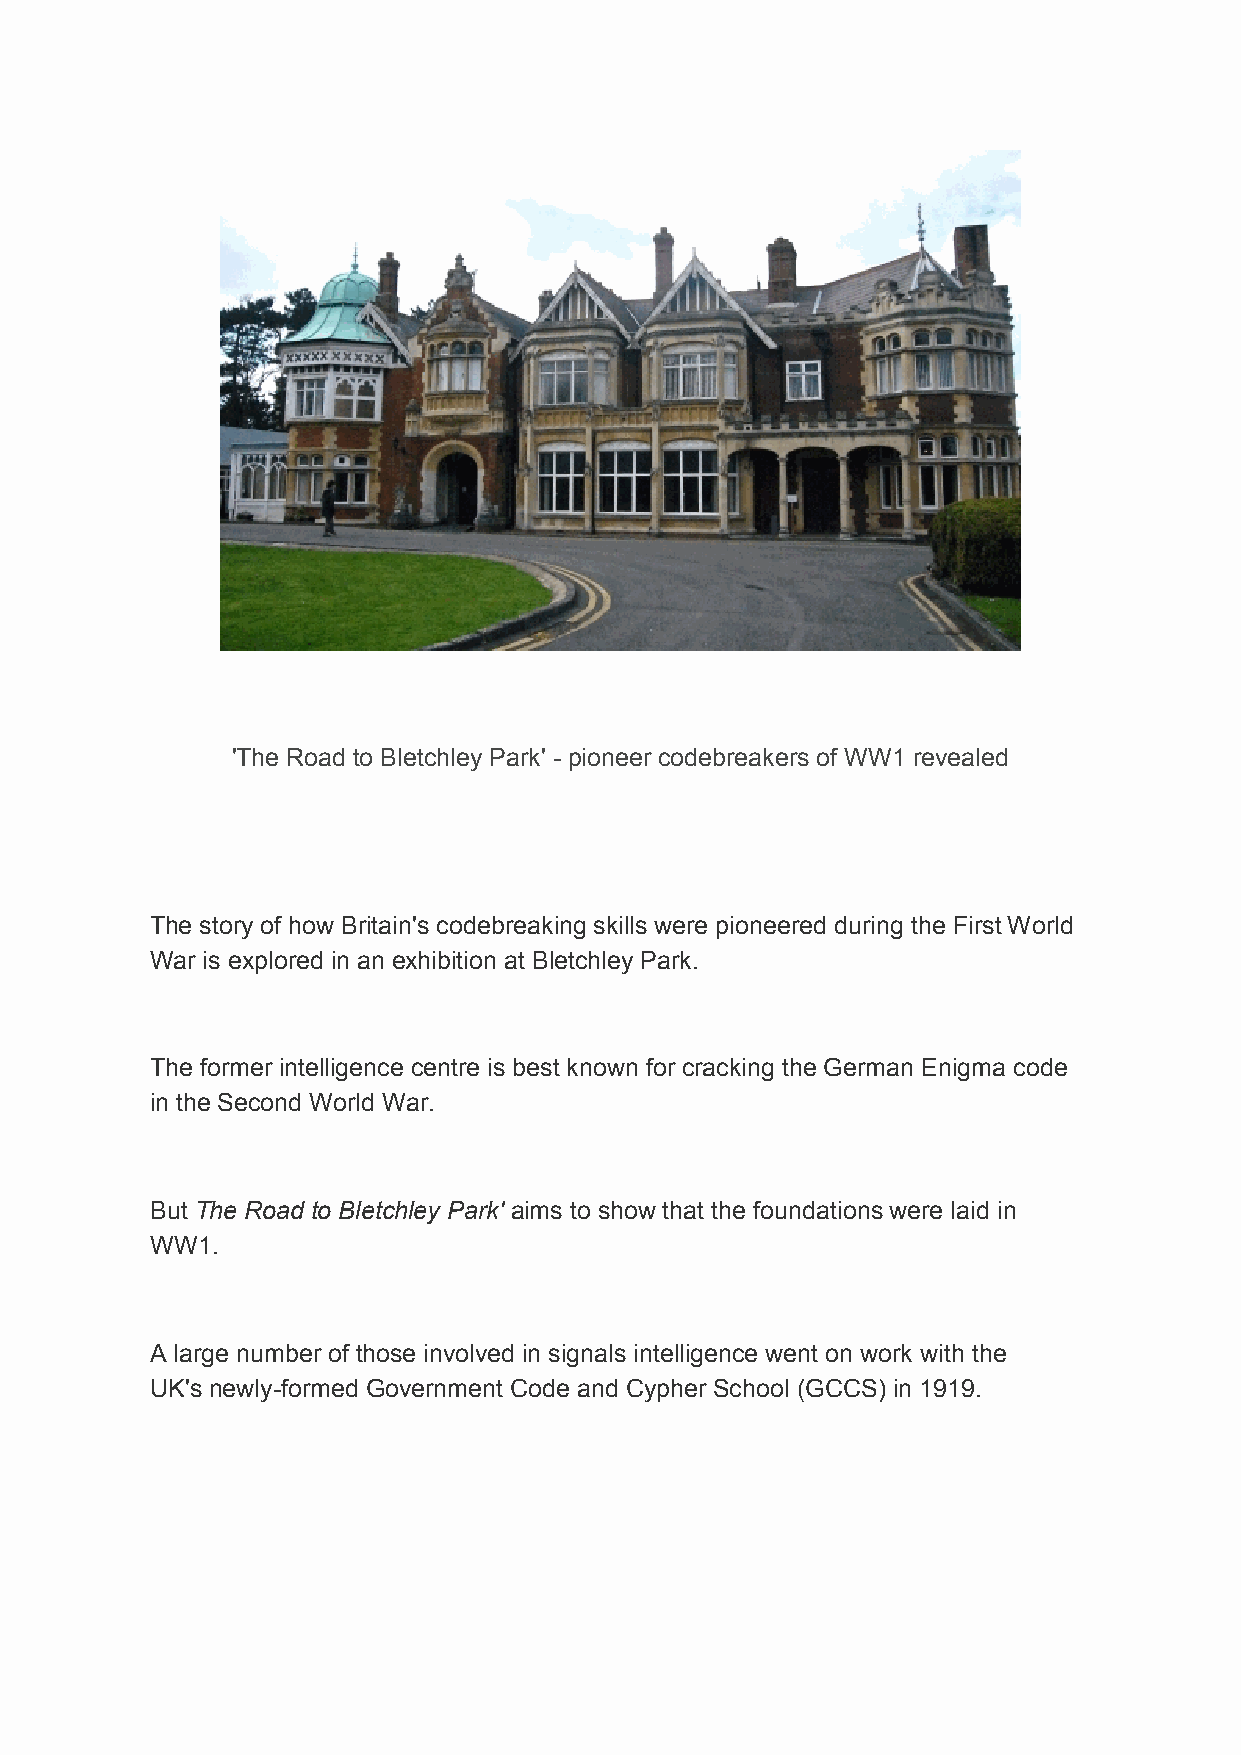
'The Road to Bletchley Park' - pioneer codebreakers of WW1 revealed
 The story of how Britain's codebreaking skills were pioneered during the First World
 War is explored in an exhibition at Bletchley Park.
 The former intelligence centre is best known for cracking the German Enigma code
 in the Second World War.
 But The Road to Bletchley Park' aims to show that the foundations were laid in
 WW1.
 A large number of those involved in signals intelligence went on work with the
 UK's newly-formed Government Code and Cypher School (GCCS) in 1919.